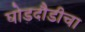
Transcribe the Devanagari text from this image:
घोडदौडीचा